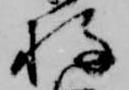
持